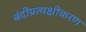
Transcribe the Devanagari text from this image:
बंदीप्रत्यक्षीकरण